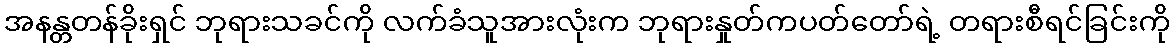
အနန္တတန်ခိုးရှင် ဘုရားသခင်ကို လက်ခံသူအားလုံးက ဘုရားနှုတ်ကပတ်တော်ရဲ့ တရားစီရင်ခြင်းကို